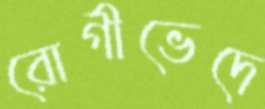
রোগীভেদে